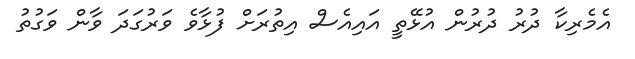
އެމެރިކާ ދުރު ދުރުން އުޅޭތީ އައިއެސް އިތުރަށް ފުޅާވެ ވަރުގަދަ ވާން ވަގުތު